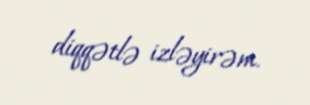
diqqətlə izləyirəm.